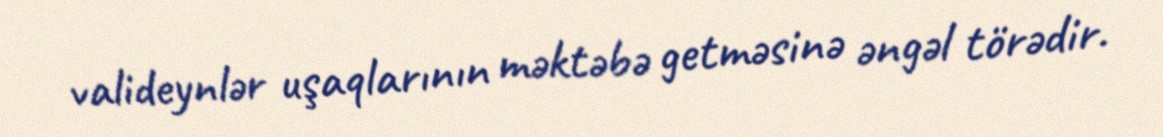
valideynlər uşaqlarının məktəbə getməsinə əngəl törədir.